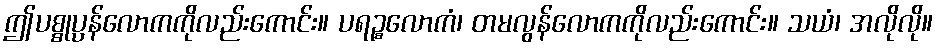
ဤပစ္စုပ္ပန်လောကကိုလည်းကောင်း။ ပရဉ္စလောကံ၊ တမလွန်လောကကိုလည်းကောင်း။ သယံ၊ အလိုလို။